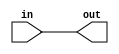
//#############################################################################
//# Function: Buffer                                                          #
//#############################################################################
//# Author:   Andreas Olofsson                                                #
//# License:  MIT (see LICENSE file in OH! repository)                        #
//#############################################################################

module oh_buffer
  #(parameter N    = 1,         // vector width
    parameter SYN  = "TRUE",    // synthesize buffer
    parameter TYPE = "DEFAULT") // buffer type
   (
     input [N-1:0]  in, // input
     output [N-1:0] out // output
     );
   generate
      if(SYN == "TRUE") begin
	 assign out[N-1:0] = in[N-1:0];
      end
      else begin
	 genvar 	     i;
	 for (i=0;i<N;i=i+1) begin
	    asic_buffer #(.TYPE(TYPE))
	    asic_buffer (.out (out[N-1:0]),
			 .in  (in[N-1:0]));
	 end
      end
   endgenerate
endmodule // oh_buffer